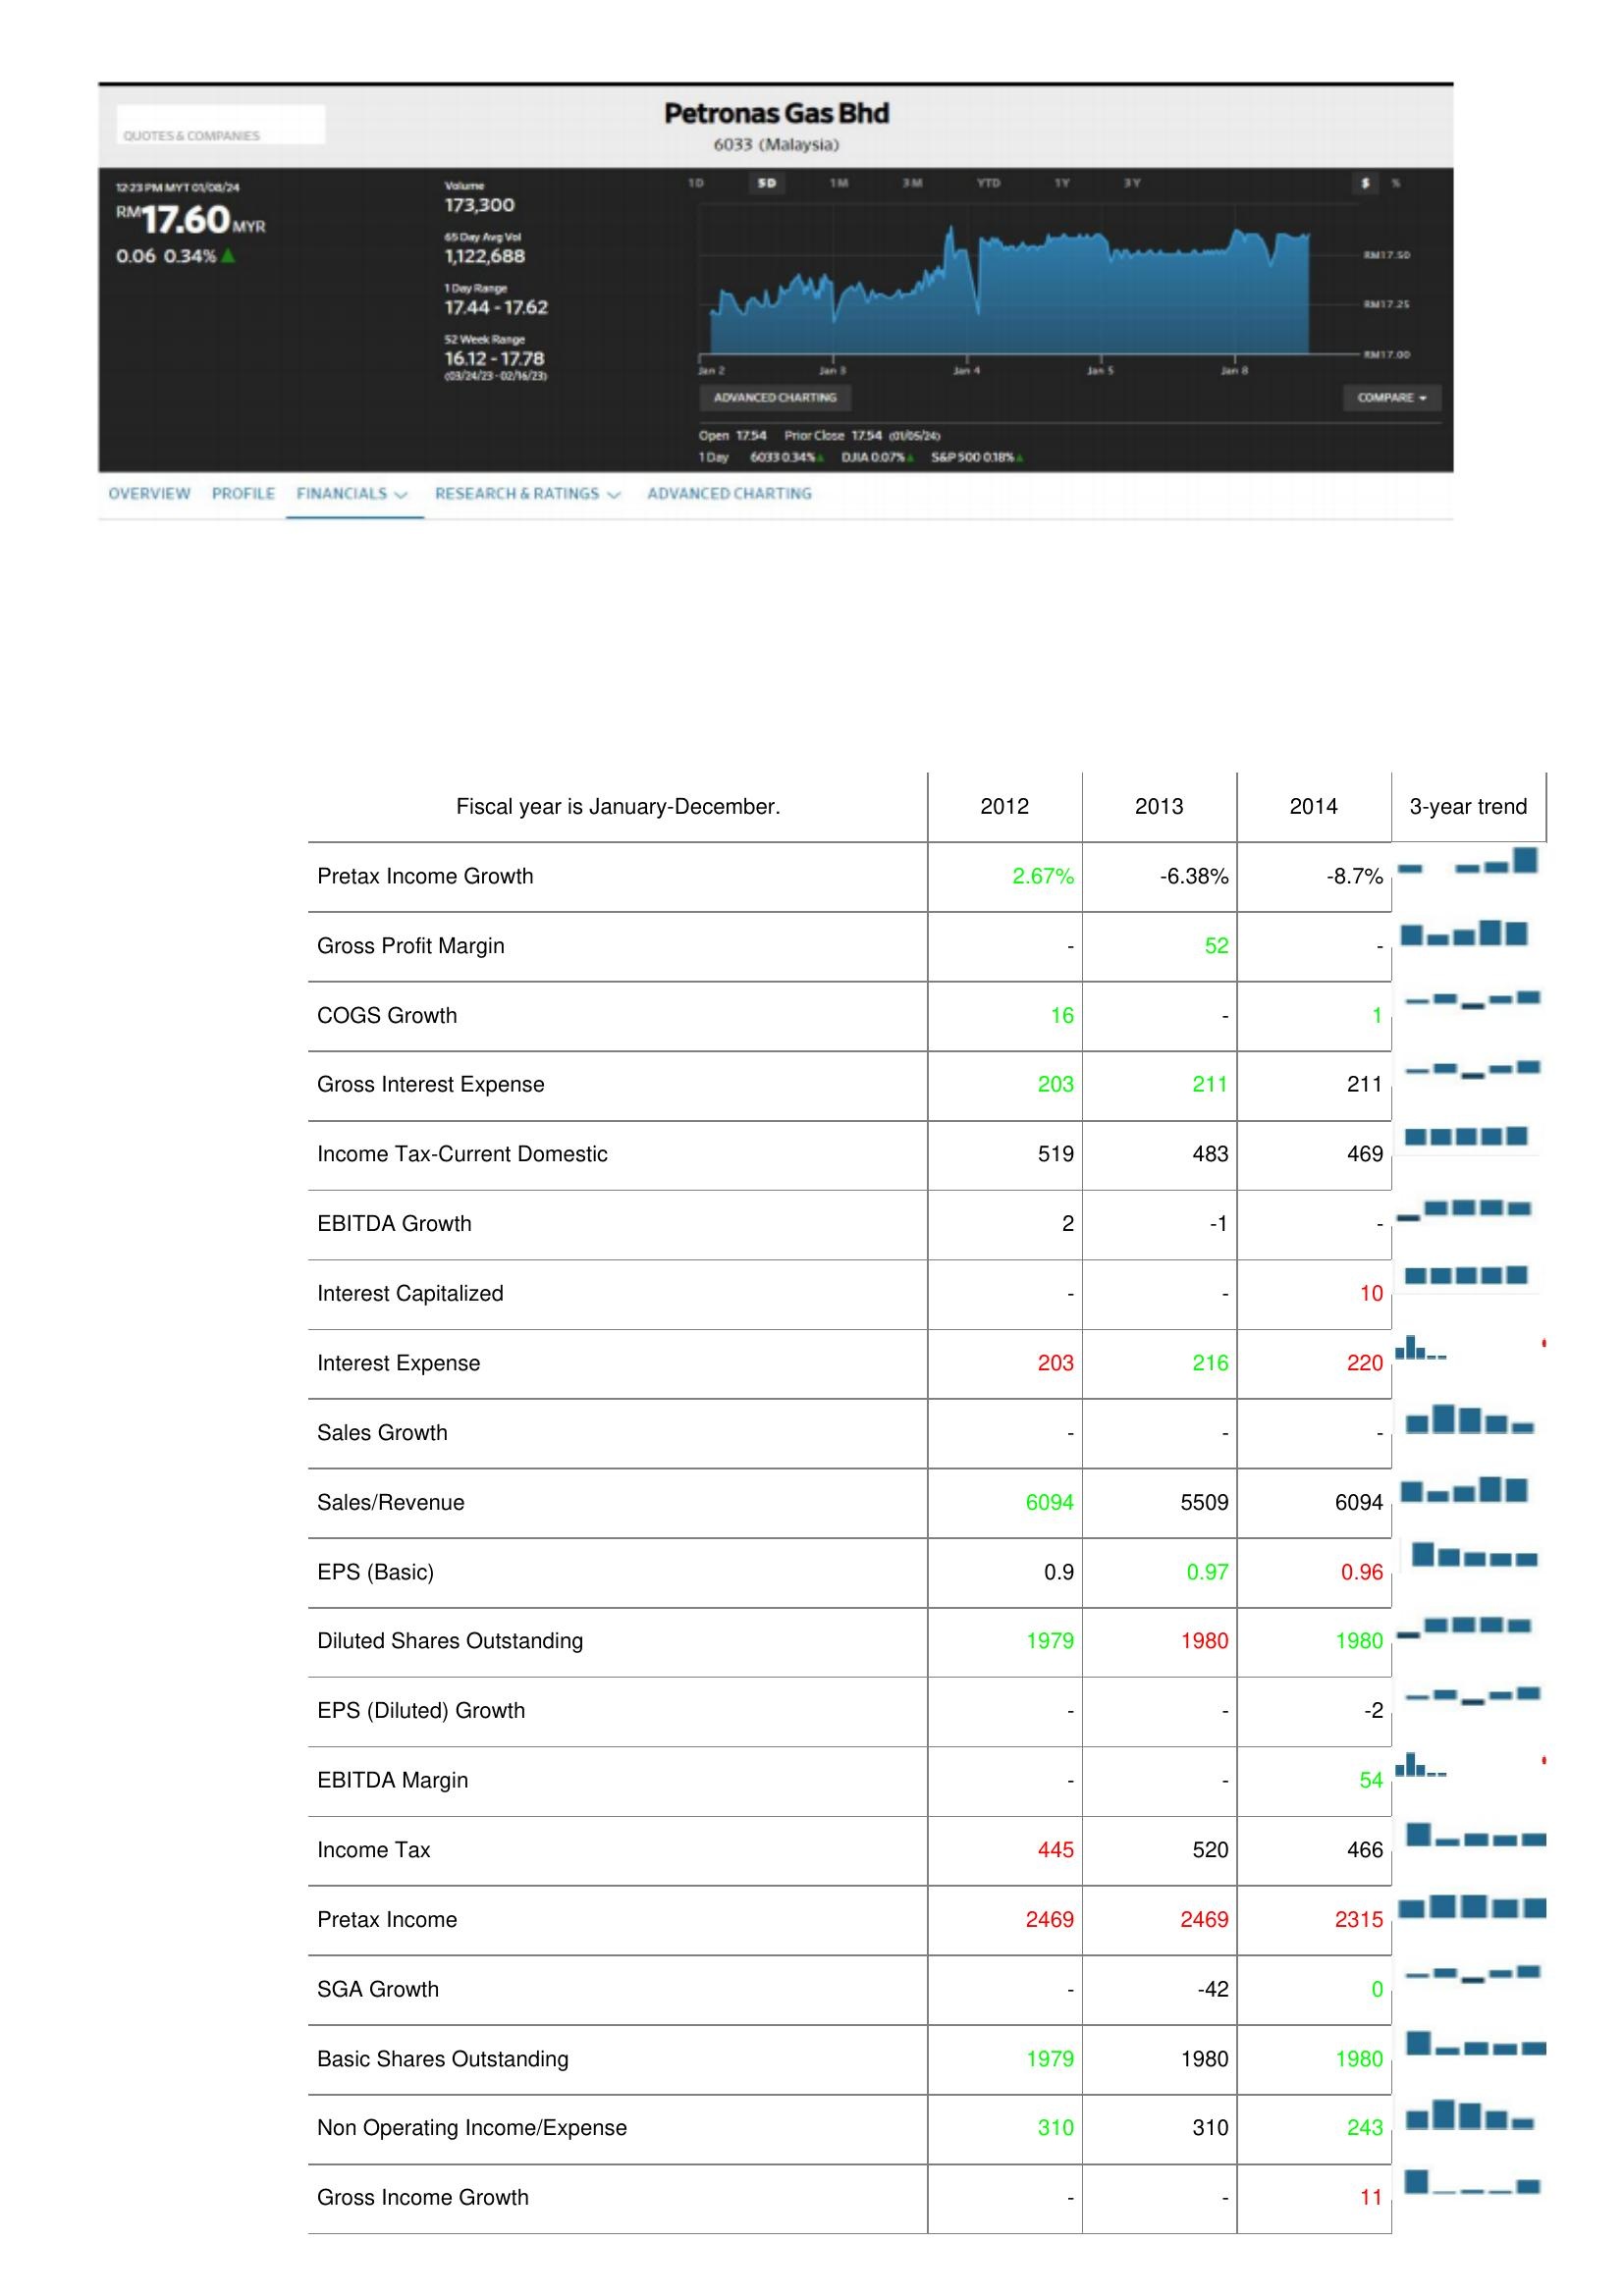
2012: : Pretax Income Growth: 2.67%
Gross Profit Margin: -
COGS Growth: 16
Gross Interest Expense: 203
Income Tax-Current Domestic: 519
EBITDA Growth: 2
Interest Capitalized: -
Interest Expense: 203
Sales Growth: -
Sales/Revenue: 6094
EPS (Basic): 0.9
Diluted Shares Outstanding: 1979
EPS (Diluted) Growth: -
EBITDA Margin: -
Income Tax: 445
Pretax Income: 2469
SGA Growth: -
Basic Shares Outstanding: 1979
Non Operating Income/Expense: 310
Gross Income Growth: -
2013: : Pretax Income Growth: -6.38%
Gross Profit Margin: 52
COGS Growth: -
Gross Interest Expense: 211
Income Tax-Current Domestic: 483
EBITDA Growth: -1
Interest Capitalized: -
Interest Expense: 216
Sales Growth: -
Sales/Revenue: 5509
EPS (Basic): 0.97
Diluted Shares Outstanding: 1980
EPS (Diluted) Growth: -
EBITDA Margin: -
Income Tax: 520
Pretax Income: 2469
SGA Growth: -42
Basic Shares Outstanding: 1980
Non Operating Income/Expense: 310
Gross Income Growth: -
2014: : Pretax Income Growth: -8.7%
Gross Profit Margin: -
COGS Growth: 1
Gross Interest Expense: 211
Income Tax-Current Domestic: 469
EBITDA Growth: -
Interest Capitalized: 10
Interest Expense: 220
Sales Growth: -
Sales/Revenue: 6094
EPS (Basic): 0.96
Diluted Shares Outstanding: 1980
EPS (Diluted) Growth: -2
EBITDA Margin: 54
Income Tax: 466
Pretax Income: 2315
SGA Growth: 0
Basic Shares Outstanding: 1980
Non Operating Income/Expense: 243
Gross Income Growth: 11